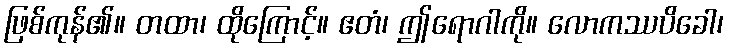
ဖြစ်ကုန်၏။ တထာ၊ ထိုကြောင့်။ ဧတံ၊ ဤရောဂါကို။ လောကဿပိခေါ၊